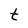
Character: t